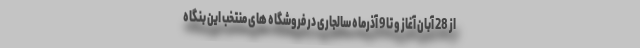
از 28 آبان آغاز و تا 9 آذرماه سالجاری در فروشگاه های منتخب این بنگاه